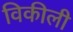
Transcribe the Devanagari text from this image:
विकीली